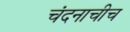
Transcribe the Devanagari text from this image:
चंदनाचीच